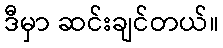
ဒီမှာ ဆင်းချင်တယ်။